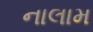
નાલામ